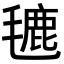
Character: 𪵡